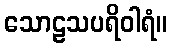
သောဠသပရိဝါရံ။